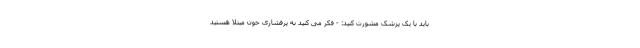
باید با یک پزشک مشورت کنید: - فکر می کنید به پرفشاری خون مبتلا هستید